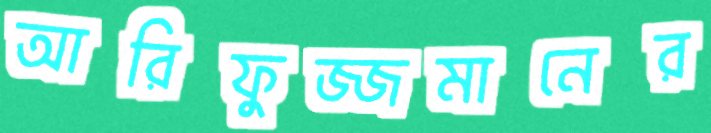
আরিফুজ্জমানের